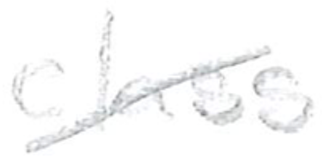
Text: class
Cross-out: diagonal
Writing tool: pencil